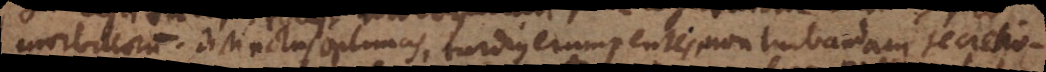
morbillorum. Distinctas optimas, tardius erumpentes, non turbandam secretio-